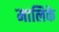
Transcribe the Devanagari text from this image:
मालिके